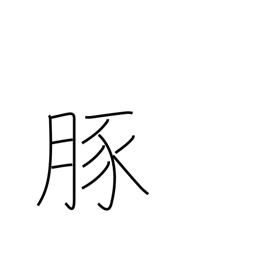
Meaning: pork